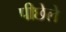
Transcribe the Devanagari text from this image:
पीछेले